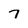
Character: 7